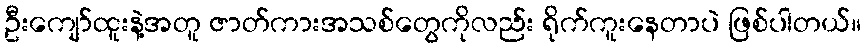
ဦးကျော်ထူးနဲ့အတူ ဇာတ်ကားအသစ်တွေကိုလည်း ရိုက်ကူးနေတာပဲ ဖြစ်ပါတယ်။